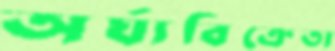
অর্ঘ্যবিক্রেতা